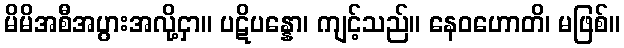
မိမိအစီအပွားအလို့ငှာ။ ပဋိပန္နော၊ ကျင့်သည်။ နေဝဟောတိ၊ မဖြစ်။